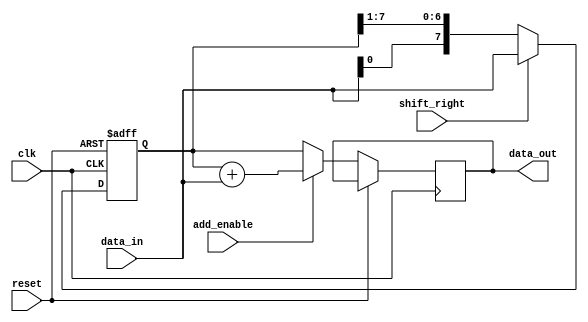
module shift_add_register(
    input wire clk,
    input wire reset,
    input wire shift_right,
    input wire add_enable,
    input wire [7:0] data_in,
    output reg [7:0] data_out
);

reg [7:0] shift_register;

always @(posedge clk or posedge reset) begin
    if (reset) begin
        shift_register <= 8'b0;
    end else begin
        if (shift_right) begin
            shift_register <= {shift_register[6:0], data_in};
        end else begin
            shift_register <= {data_in, shift_register[7:1]};
        end
        
        if (add_enable) begin
            data_out <= shift_register + data_in;
        end else begin
            data_out <= shift_register;
        end
    end
end

endmodule